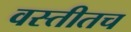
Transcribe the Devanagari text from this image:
वस्तीतच